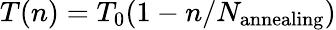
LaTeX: T(n)=T_{0}(1-n/N_{\mathrm{annealing}})